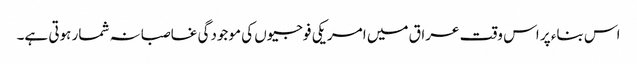
اس بناء پر اس وقت عراق میں امریکی فوجیوں کی موجودگی غاصبانہ شمار ہوتی ہے۔